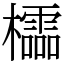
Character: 櫺